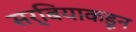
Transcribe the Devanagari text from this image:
सर्बियाकडून